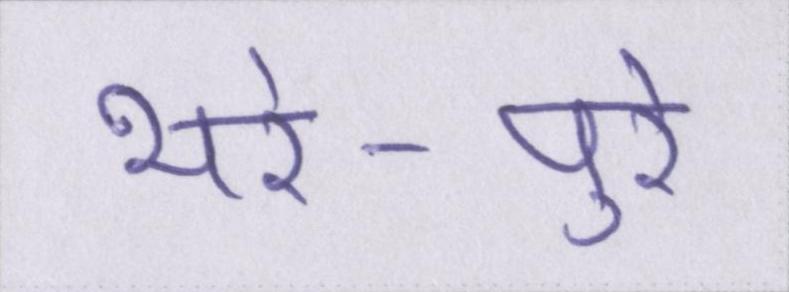
भरे-पुरे